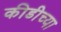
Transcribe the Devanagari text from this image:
कीडीच्या